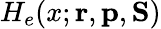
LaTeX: H_{e}(x;{\mathbf{r}},{\mathbf{p}},{\mathbf{S}})